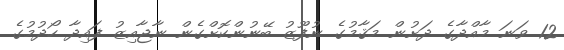
12 ވަނަ މާއްދާގެ ދަށުން މަޤާމުގެ ނުފޫޒު ބޭނުންކޮށްގެން ނާޖާއިޒު ފައިދާ ހޯދުމުގެ